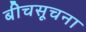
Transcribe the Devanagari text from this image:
बीचसूचना